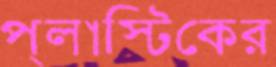
প্লাস্টিকের